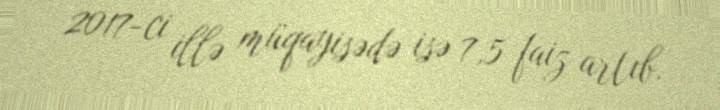
2017-ci illə müqayisədə isə 7,5 faiz artıb.